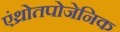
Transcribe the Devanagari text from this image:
एंथ्रोतपोजेनिक